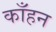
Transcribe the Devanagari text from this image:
काँहन